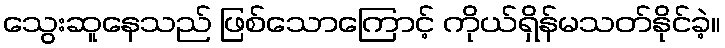
သွေးဆူနေသည် ဖြစ်သောကြောင့် ကိုယ်ရှိန်မသတ်နိုင်ခဲ့။